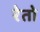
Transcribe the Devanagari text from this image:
रेतो